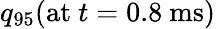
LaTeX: {q_{95}(\mathrm{at}~t=0.8~\mathrm{ms})}